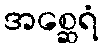
အစ္ဆေရံ